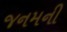
જનમની